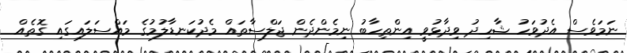
ނަމަވެސް އެދުވަހު ޝާހިދު ވިދާޅުވީ އިންތިހާބު ނިމެންދެން ޖަލްސާތައް މެދުކަނޑާލުމުގެ މައްސަލައިގައި ގޮތެއް